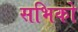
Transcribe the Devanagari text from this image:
सभिको